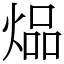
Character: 煰